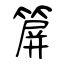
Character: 箳